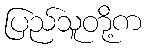
ပြည်သူတို့က